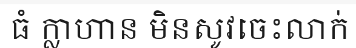
ធំ ក្លាហាន មិនសូវចេះលាក់